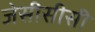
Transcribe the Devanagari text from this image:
जेसीसीसी